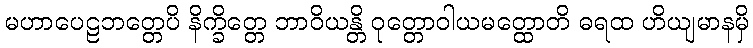
မဟာပေဠဘတ္တေပိ နိက္ခိတ္တေ ဘာဝိယန္တိ ဝုတ္တောဝါယမတ္ထောတိ ဓရထ ဟိယျမာနမှိ